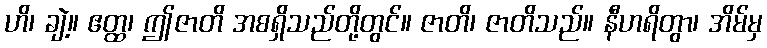
ဟိ၊ ချဲ့။ ဧတ္ထ၊ ဤဇာတိ အစရှိသည်တို့တွင်။ ဇာတိ၊ ဇာတိသည်။ နီဟရိတွာ၊ အိမ်မှ